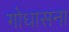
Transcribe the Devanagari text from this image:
गोधासना